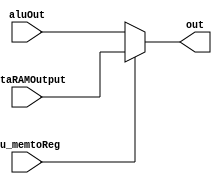
module muxMemtoReg (aluOut, dataRAMOutput, out, cu_memtoReg);
  input cu_memtoReg;
  input [31:0] aluOut;
  input [31:0] dataRAMOutput;

  output reg [31:0] out;

  always @ ( * ) begin
    if(cu_memtoReg)
      out = dataRAMOutput;
    else
      out = aluOut;
  end
endmodule // muxMemtoReg